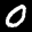
Label: 0